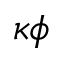
\kappa \phi